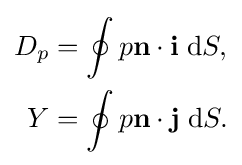
{\begin{aligned}D_{p}&=\oint p\mathbf {n} \cdot \mathbf {i} \;\mathrm {d} S,\\Y&=\oint p\mathbf {n} \cdot \mathbf {j} \;\mathrm {d} S.\end{aligned}}